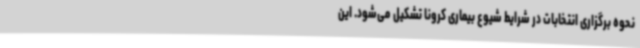
نحوه برگزاری انتخابات در شرایط شیوع بیماری کرونا تشکیل می‌شود. این